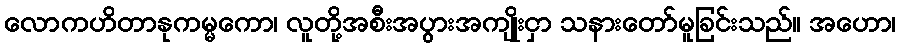
လောကဟိတာနုကမ္မကော၊ လူတို့အစီးအပွားအကျိုးငှာ သနားတော်မူခြင်းသည်။ အဟော၊